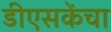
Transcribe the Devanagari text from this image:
डीएसकेंचा